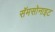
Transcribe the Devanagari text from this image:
सॅमसोनाइट